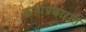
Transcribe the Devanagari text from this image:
ऊर्जाप्रकारांत